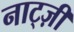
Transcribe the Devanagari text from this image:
नाट्ज़ी